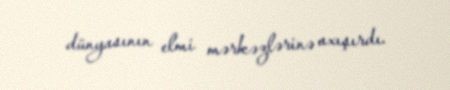
dünyasının elmi mərkəzlərinə axışırdı.